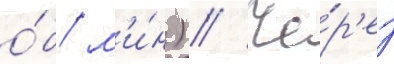
о́б/ м'и́н) // Че́р'ез